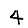
Digit: 4